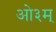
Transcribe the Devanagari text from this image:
आे३म्